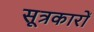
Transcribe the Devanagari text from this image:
सूत्रकारों